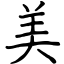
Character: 美